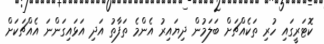
ކޮޓަރީގައި ހުރި ތަކެއްޗަށް ބަލަމުން ދިޔައިރު އެންމެ ތަފާތު އަދި އަޅައިގަންނަ އެއްޗަކަށް